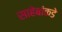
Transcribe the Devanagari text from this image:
साहेबांकडे